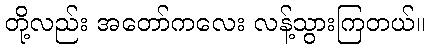
တို့လည်း အတော်ကလေး လန့်သွားကြတယ်။